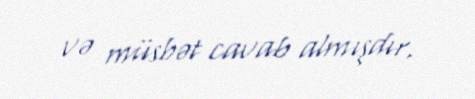
və müsbət cavab almışdır.